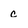
Character: c